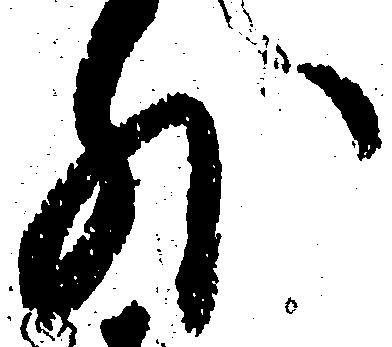
外